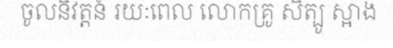
ចូលនិវត្តន៍ រយៈពេល លោកគ្រូ សិត្បូ ស្អាង